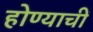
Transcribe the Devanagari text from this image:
होण्याचीं